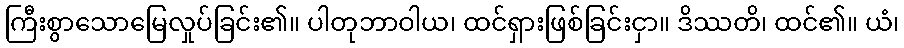
ကြီးစွာသောမြေလှုပ်ခြင်း၏။ ပါတုဘာဝါယ၊ ထင်ရှားဖြစ်ခြင်းငှာ။ ဒိဿတိ၊ ထင်၏။ ယံ၊